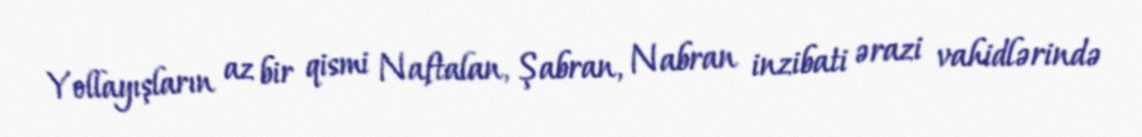
Yollayışların az bir qismi Naftalan, Şabran, Nabran inzibati ərazi vahidlərində